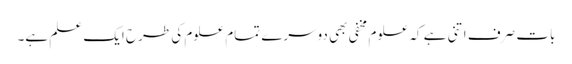
بات صرف اتنی ہے کہ علوم مخفی بھی دوسرے تمام علوم کی طرح ایک علم ہے۔